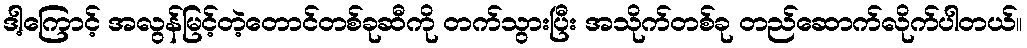
ဒါ့ကြောင့် အလွန်မြင့်တဲ့တောင်တစ်ခုဆီကို တက်သွားပြီး အသိုက်တစ်ခု တည်ဆောက်လိုက်ပါတယ်။